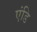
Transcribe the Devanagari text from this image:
एंडि